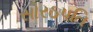
સોરઠપતિ